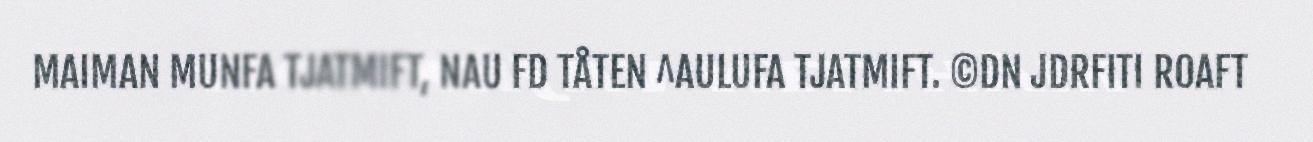
MAIMAN MUNFA TJATMIFT, NAU FD TÅTEN ^AULUFA TJATMIFT. ©DN JDRFITI ROAFT